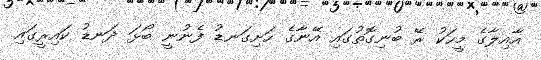
އާއިލާގެ މީހަކު ރޭ ބުނިގޮތުގައި އޭނާގެ ހަށިގަނޑު ފެނުނީ ބޯޅަ ދަނޑު ކައިރީގައި